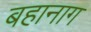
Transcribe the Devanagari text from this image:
बहानाग